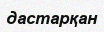
дастарқан